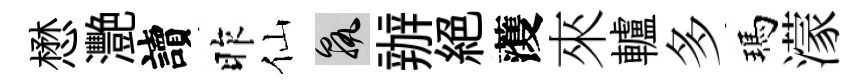
懋灧讀昨仙孰辦絶𮑮來轤多瑪濛